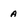
Character: a